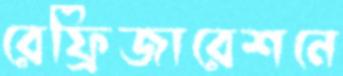
রেফ্রিজারেশনে